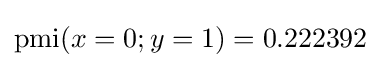
\operatorname {pmi} (x=0;y=1)=0.222392